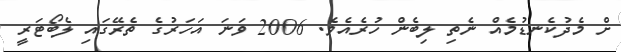
ށް މެދުކެނޑުމެއް ނެތި ލިބެން ހުރެއެވެ. 2006 ވަނަ އަހަރުގެ ތެރޭގައި ލެބޯޓަރީ